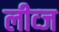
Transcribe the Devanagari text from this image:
लीव्ज